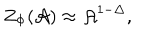
Z _ { \Phi } ( { \cal { A } } ) \approx { \cal { A } } ^ { 1 - \Delta } ,